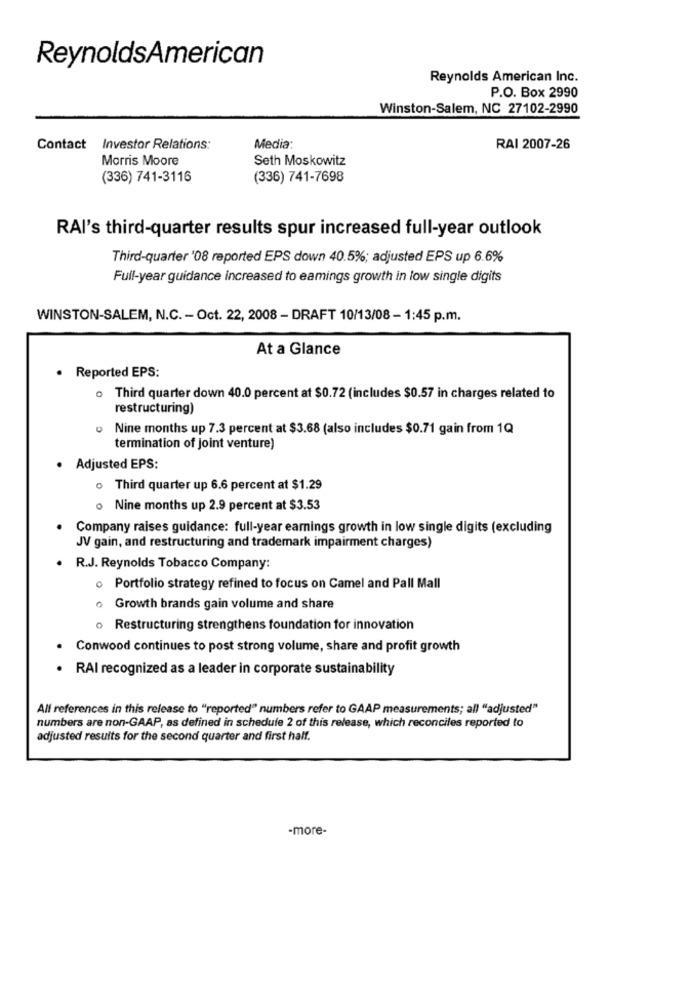
ReynoldsAmerican
Reynolds American Inc.
P.O. Box 2990
Winston-Salem, NC 27102-2990
Media:
Contact
Investor Relations:
RAI 2007-26
Morris Moore
Seth Moskowitz
(336) 741-3116
(336) 741-7698
RAI's third-quarter results spur increased full-year outlook
Third-quarter '08 reported EPS down 40.5%; adjusted EPS up 6.6%
Full-year guidance increased to eamings growth in low single digits
WINSTON-SALEM, N.C. - Oct. 22, 2008 - DRAFT 10/13/08 - 1:45 p.m.
At a Glance
· Reported EPS:
o Third quarter down 40.0 percent at $0.72 (includes $0.57 in charges related to
restructuring)
0
Nine months up 7.3 percent at $3.68 (also includes $0.71 gain from 1Q
termination of joint venture)
· Adjusted EPS:
o Third quarter up 6.6 percent at $1.29
o Nine months up 2.9 percent at $3.53
Company raises guidance: full-year earnings growth in low single digits (excluding
JV gain, and restructuring and trademark impairment charges)
. R.J. Reynolds Tobacco Company:
o Portfolio strategy refined to focus on Camel and Pall Mall
o Growth brands gain volume and share
o Restructuring strengthens foundation for innovation
Conwood continues to post strong volume, share and profit growth
· RAI recognized as a leader in corporate sustainability
All references in this release to "reported" numbers refer to GAAP measurements; all "adjusted"
numbers are non-GAAP, as defined in schedule 2 of this release, which reconciles reported to
adjusted results for the second quarter and first half.
-more-